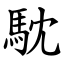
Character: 馾